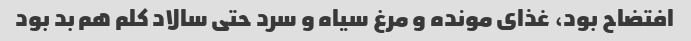
افتضاح بود، غذای مونده و مرغ سیاه و سرد حتی سالاد کلم هم بد بود